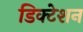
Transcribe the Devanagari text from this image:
डिक्‍टेशन